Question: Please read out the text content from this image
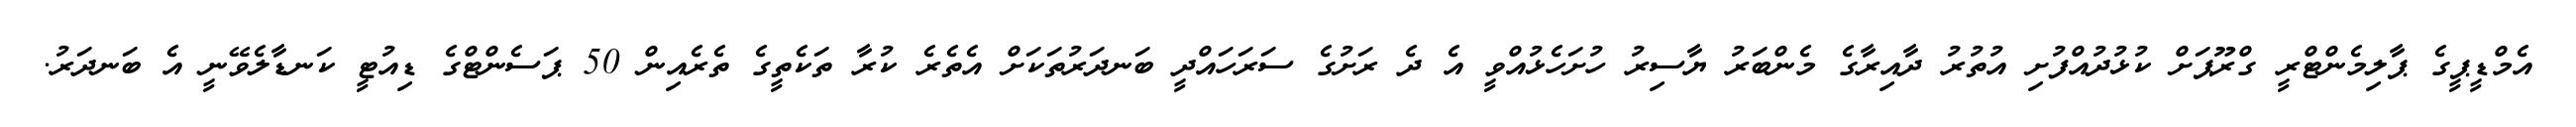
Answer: އެމްޑީޕީގެ ޕާލިމެންޓްރީ ގްރޫޕަށް ކުޅުދުއްފުށި އުތުރު ދާއިރާގެ މެންބަރު ޔާސިރު ހުށަހެޅުއްވީ އެ ދެ ރަށުގެ ސަރަހައްދީ ބަނދަރުތަކަށް އެތެރެ ކުރާ ތަކެތީގެ ތެރެއިން 50 ޕަސެންޓްގެ ޑިއުޓީ ކަނޑާލެވޭނީ އެ ބަނދަރު.